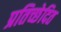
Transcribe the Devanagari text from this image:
प्रतिच्छेदित